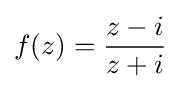
f(z)={\frac {z-i}{z+i}}